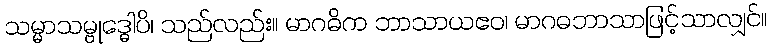
သမ္မာသမ္ဗုဒ္ဓေါပိ၊ သည်လည်း။ မာဂဓိက ဘာသာယဧဝ၊ မာဂဓဘာသာဖြင့်သာလျှင်။